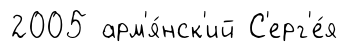
2005 арм'я́нск'ий С'ерг'е́я